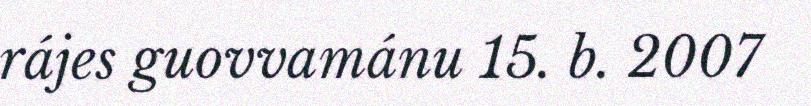
rájes guovvamánu 15. b. 2007